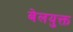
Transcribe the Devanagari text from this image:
बेलयुक्त